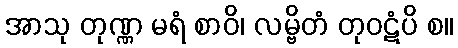
အာသု တုဏ္ဏ မရံ စာဝိ၊ လမ္ဗိတံ တုဝဋံပိ စ။